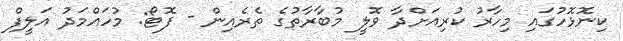
ކިނޮޅޮހުގައި މިހާރު ކުރިއަށްދާ ވޮލީ މުބާރާތުގެ ތެރެއިން - ފޮޓޯ: މުހައްމަދު އަލީފް